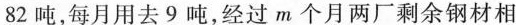
82吨，每月用去9吨，经过m个月两厂剩余钢材相